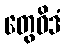
တွေဝိဒံ